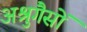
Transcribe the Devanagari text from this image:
अश्रुगैसों